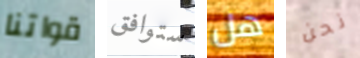
قواتنا ستوافق هل نحن